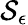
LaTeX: \mathcal{S}_{\epsilon}